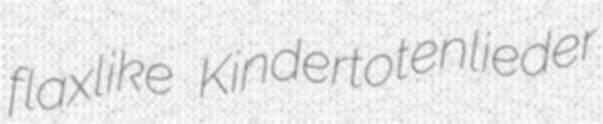
flaxlike Kindertotenlieder